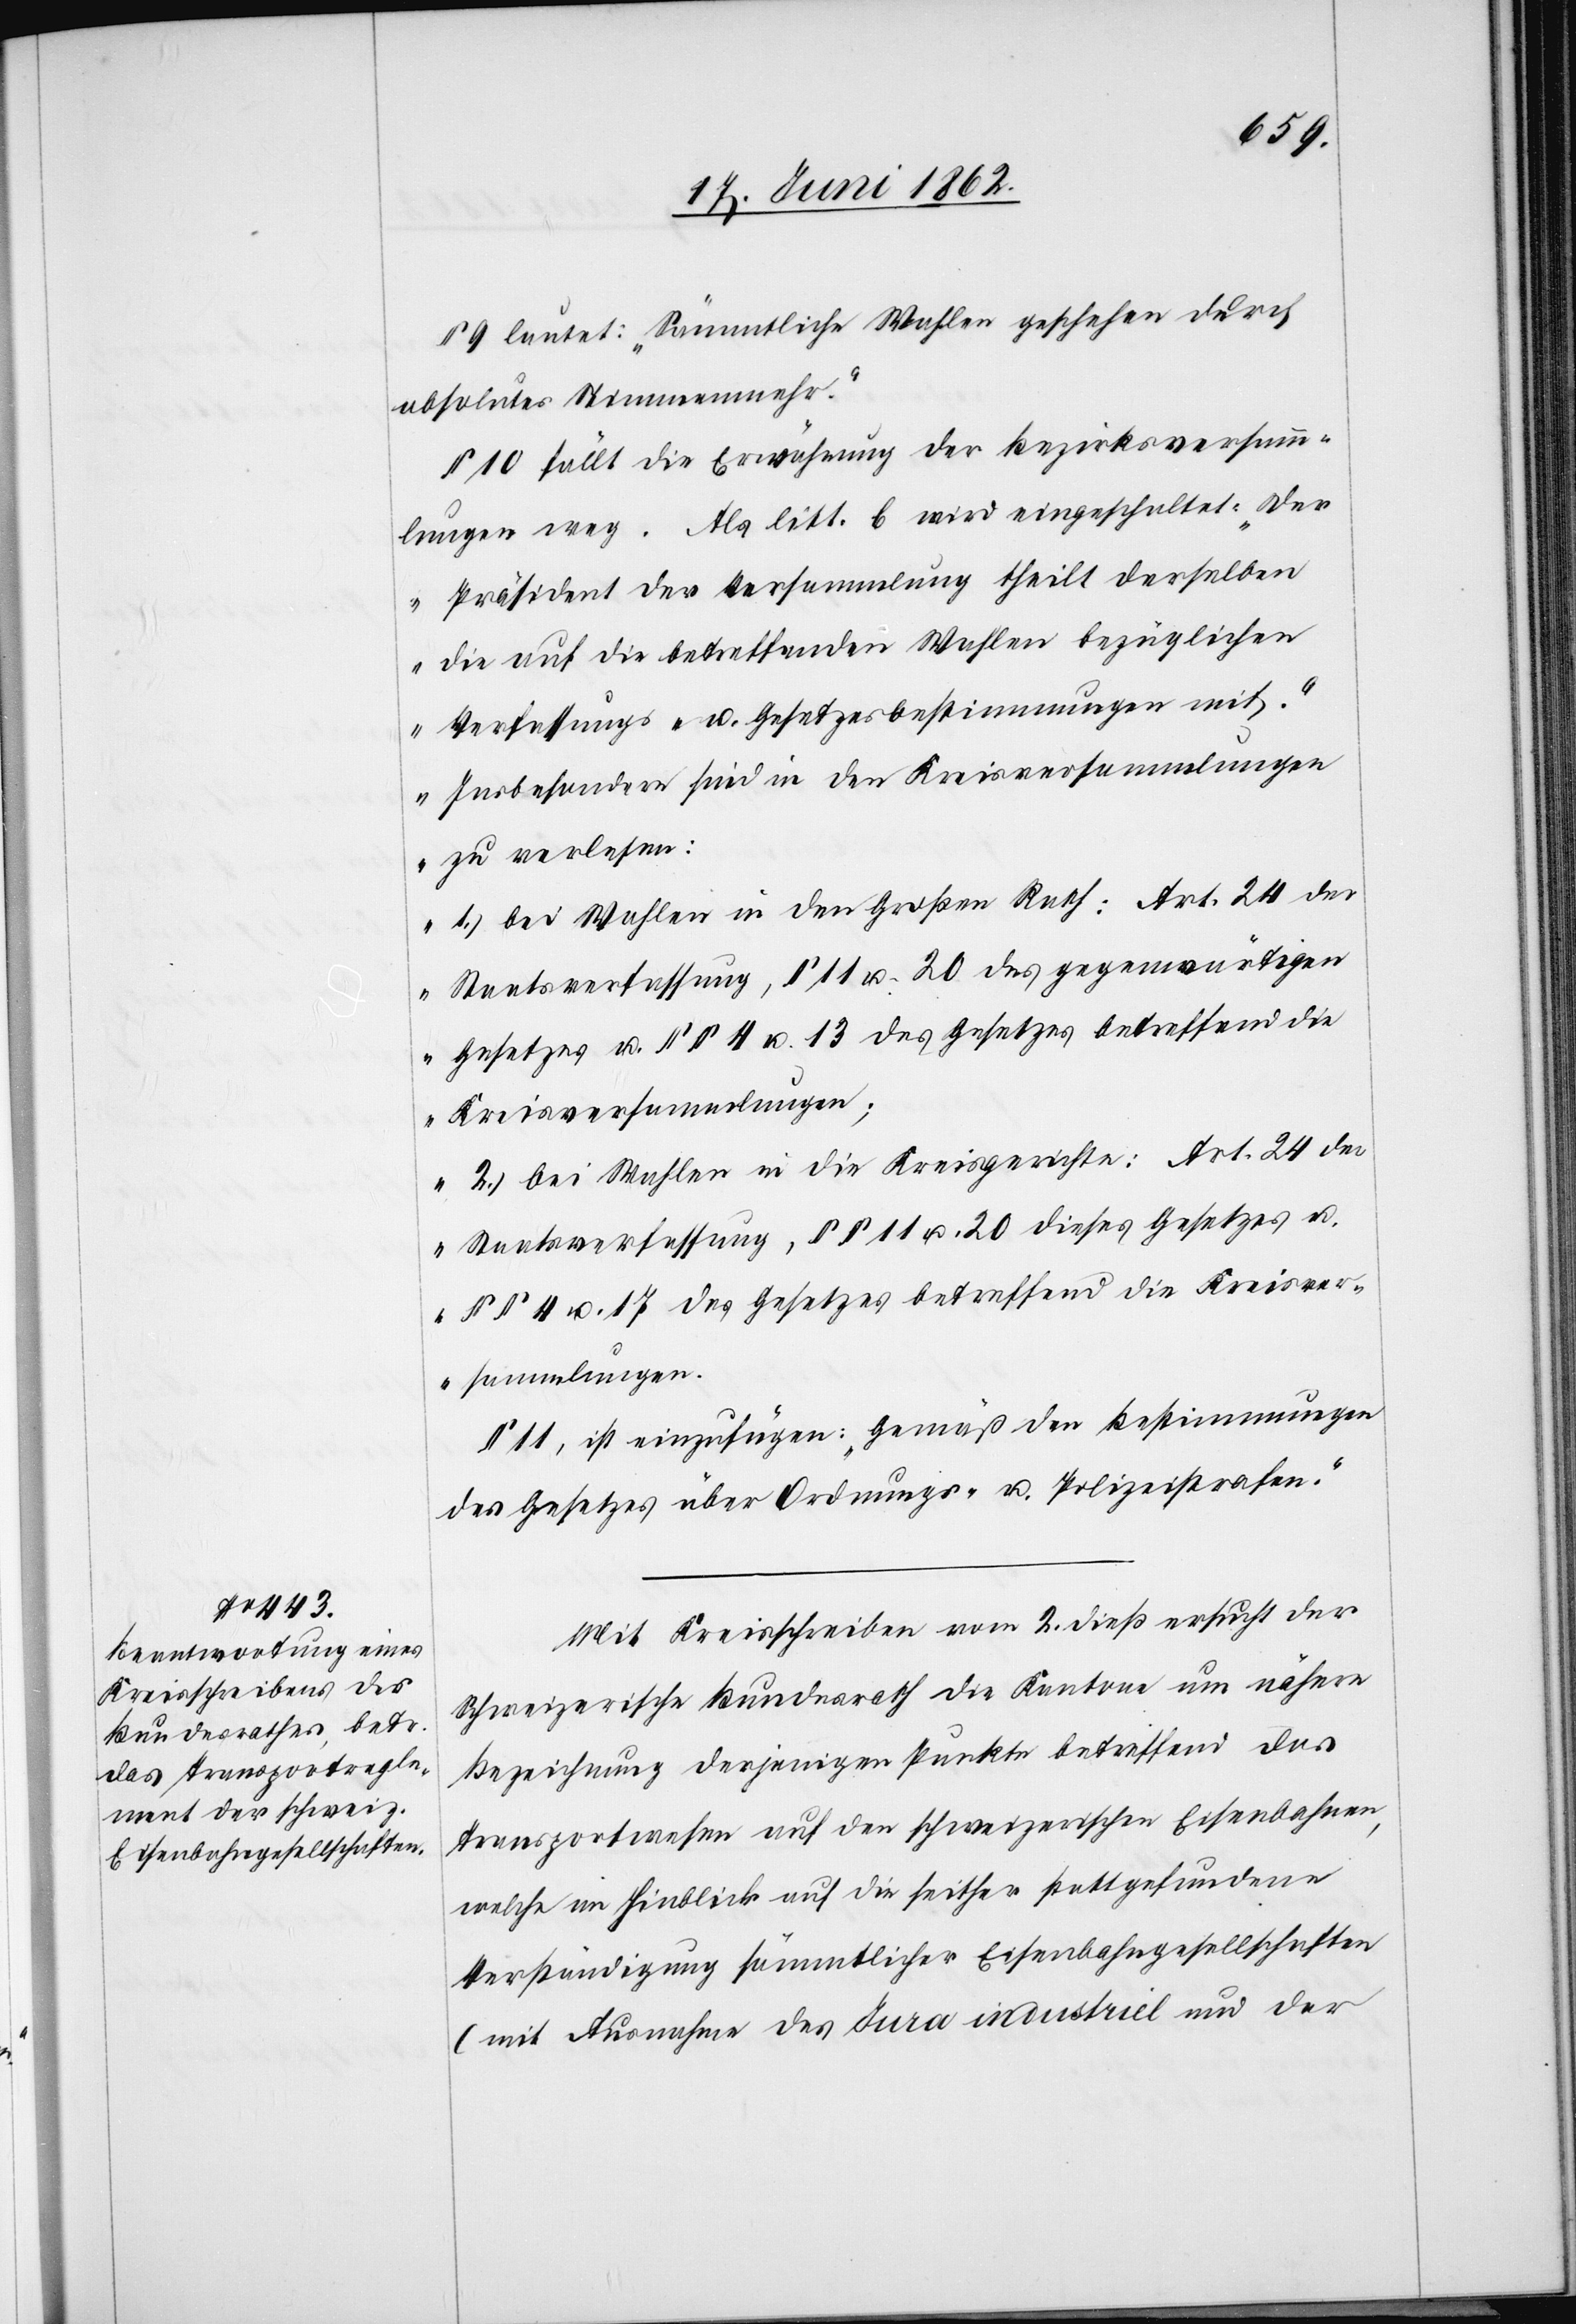
9 lautet: „Sämmtliche Wahlen geschehen durch
absolutes Stimmenmehr.“
§. 10 fällt die Erwähnung der Bezirksversamm¬
lungen weg. Als litt. b wird eingeschaltet: „Der
Präsident der Versammlung theilt derselben
die auf die betreffenden Wahlen bezüglichen
Verfassungs- u. Gesetzesbestimmungen mit.“
„Insbesondere sind in den Kreisversammlungen
zu verlesen:
1) bei Wahlen in den Großen Rath: Art. 24 der
Staatsverfassung, § 11 u. 20 des gegenwärtigen
Gesetzes u. §§ 4 u. 13 des Gesetzes betreffend die
Kreisversammlungen;
2) Bei Wahlen in die Kreisgerichte: Art. 24 der
Staatsverfassung, §§ 11 u. 20 dieses Gesetzes u.
§§ 4 u. 17 des Gesetzes betreffend die Kreisver¬
sammlungen.[“]
§ 11, ist einzufügen: „Gemäß den Bestimmungen
des Gesetzes über Ordnungs- u, Polizeistrafen.“
Mit Kreisschreiben vom 2. dieß ersucht der
Schweizerische Bundesrath die Kantone um nähere
Bezeichnung derjenigen Punkte betreffend das
Transportwesen auf den schweizerischen Eisenbahnen,
welche im Hinblick auf die seither stattgefundene
Verständigung sämmtlicher Eisenbahngesellschaften
(mit Ausnahme des Jura industriel und der